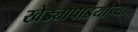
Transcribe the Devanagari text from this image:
खेड्यापाडयांच्या